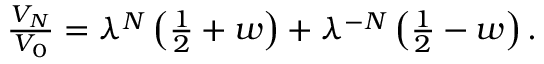
\begin{array} { r } { \frac { V _ { N } } { V _ { 0 } } = \lambda ^ { N } \left( \frac { 1 } { 2 } + w \right) + \lambda ^ { - N } \left( \frac { 1 } { 2 } - w \right) . } \end{array}